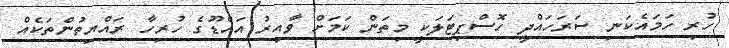
ހުރި ހަމައެކަނި ސަރަހައްދީ ހޮސްޕިޓަލަކީ މިތަން ކަމަށް ވާއިރު އައްޑޫގެ ހުރިހާ ރައްޔިތުންތަކެއް